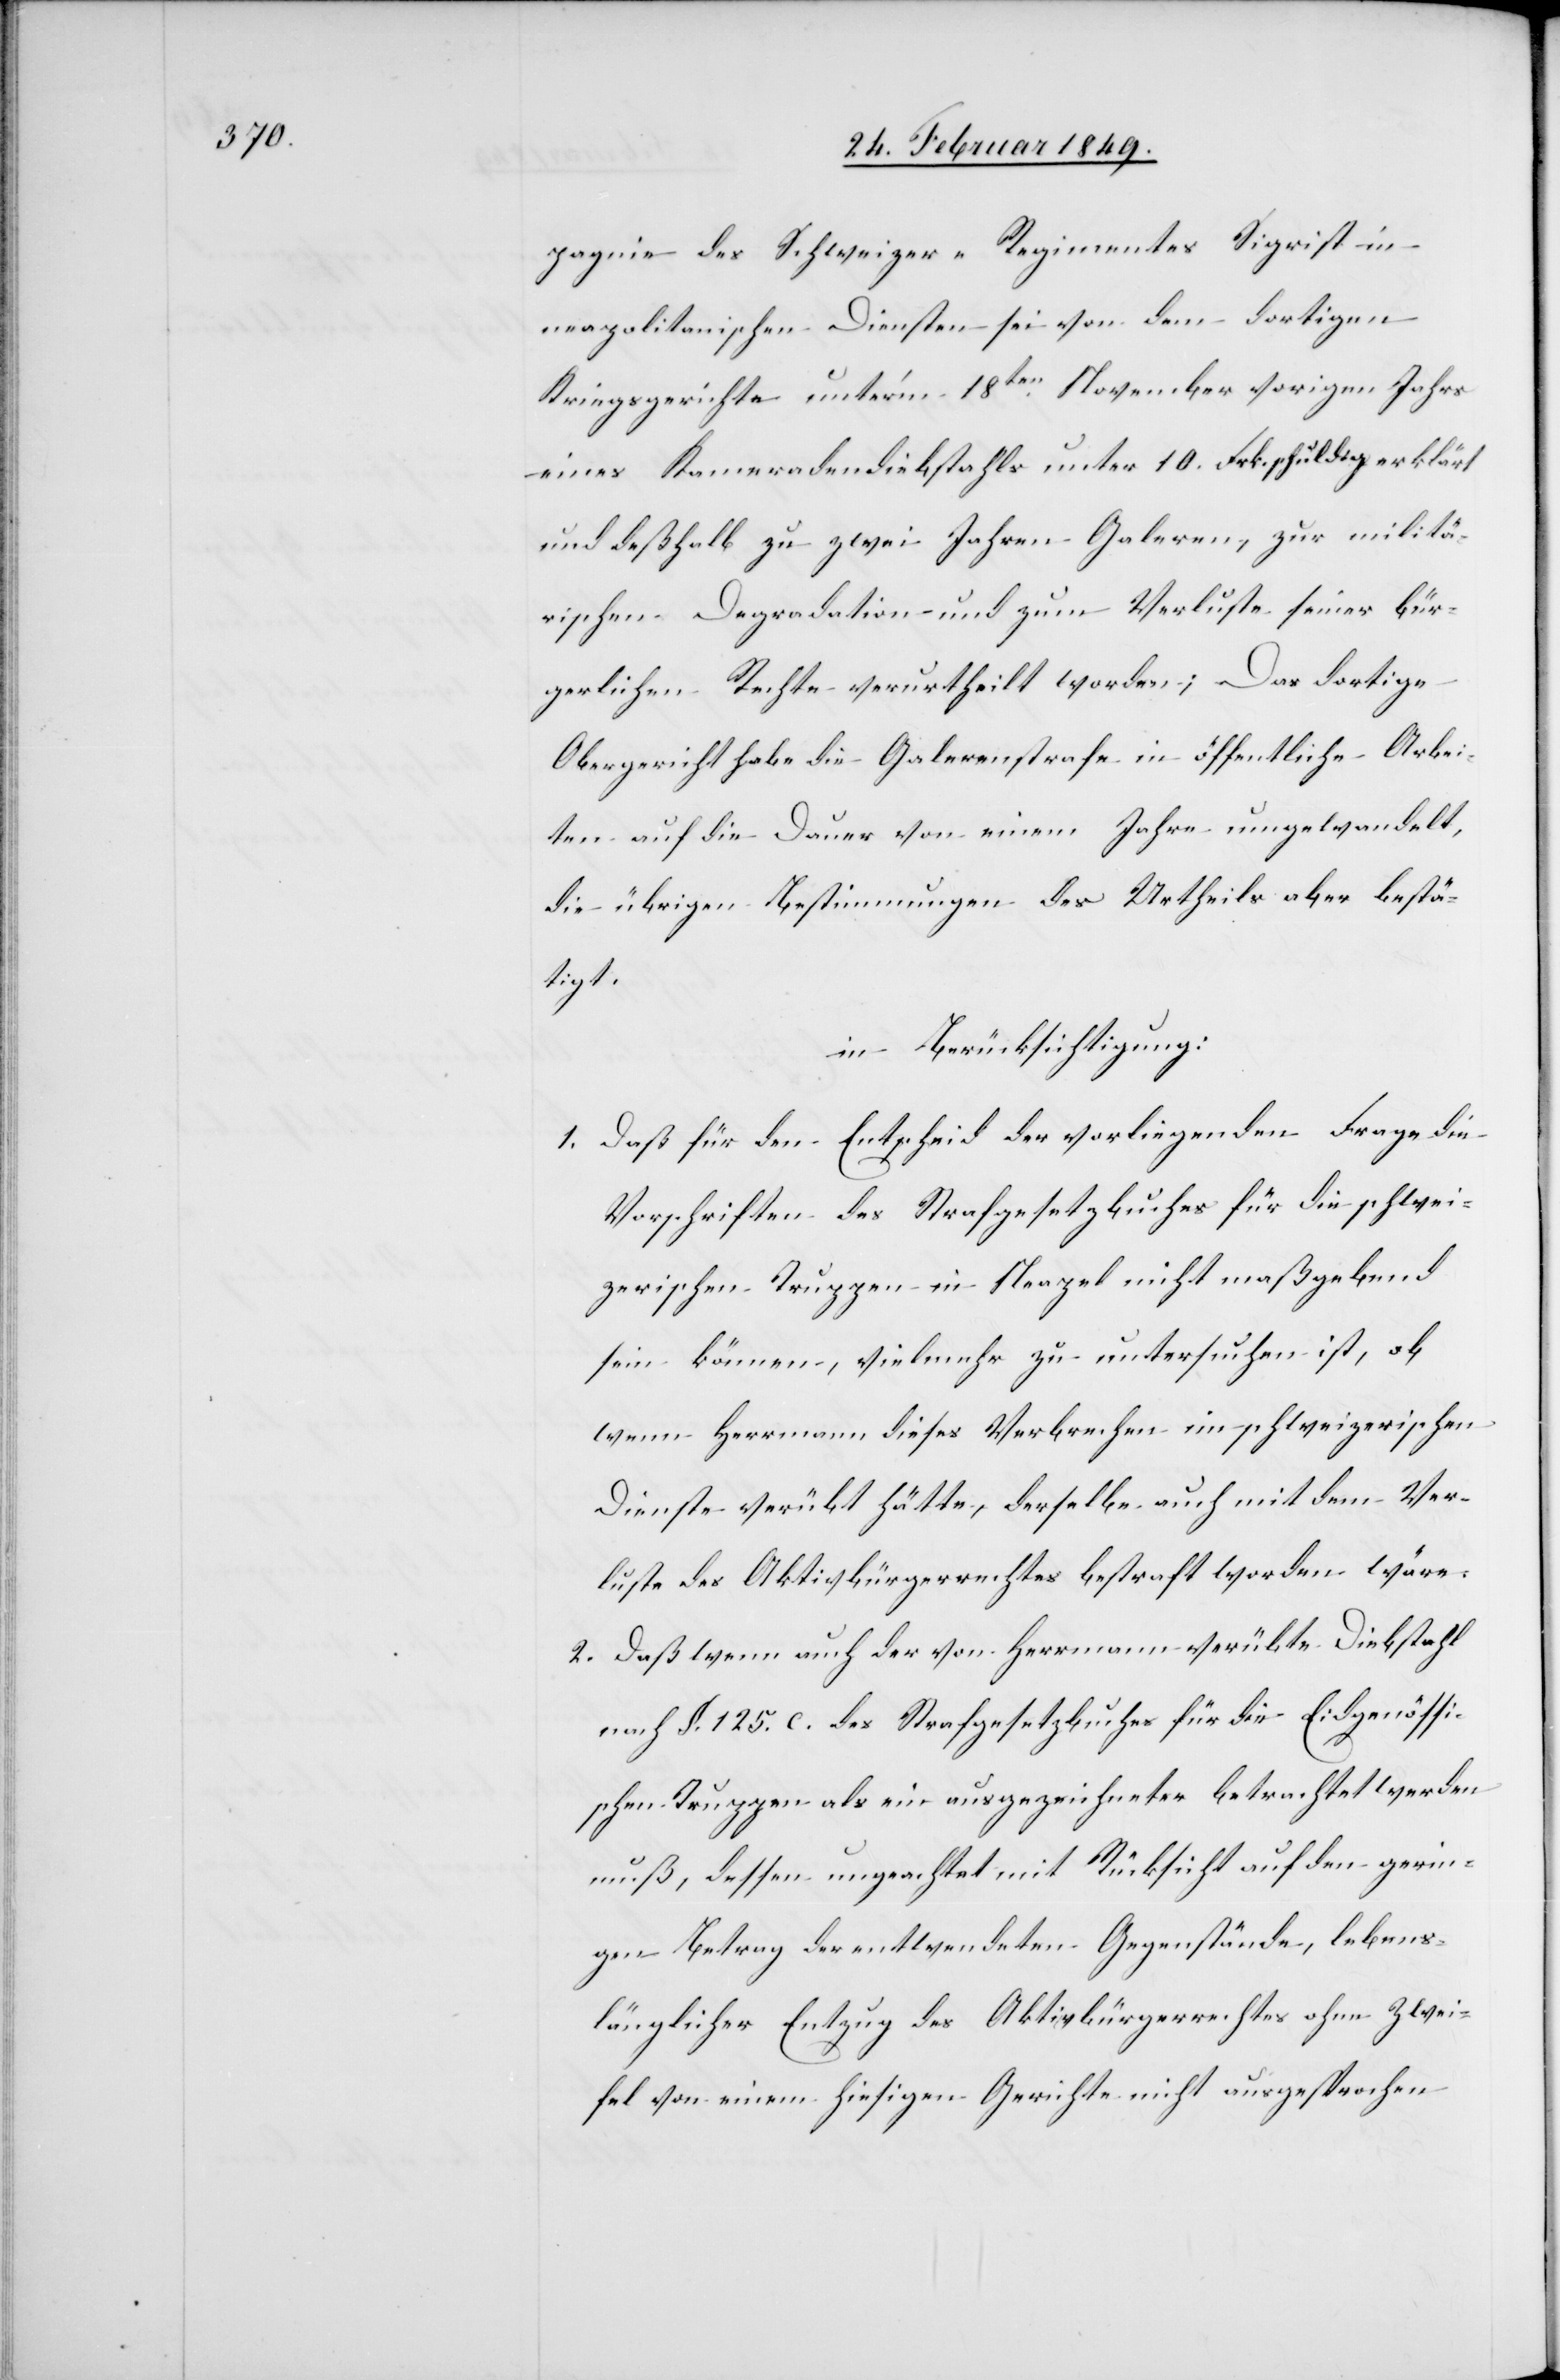
pagnie des Schweizer-Regimentes Sigrist in
neapolitanischen Diensten sei von dem dortigen
Kriegsgerichte unter’m 18ten. November vorigen Jahrs
eines Kameradendiebstahls unter 10. Frk. schuldig erklärt
und deßhalb zu zwei Jahren Galeren, zur militä¬
rischen Degradation und zum Verluste seiner bür¬
gerlichen Rechte verurtheilt worden; Das dortige
Obergerich habe die Galerenstrafe in öffentliche Arbei¬
ten auf die Dauer von einem Jahre umgewandelt,
die übrigen Bestimmungen des Urtheils aber bestä¬
tigt.
in Berücksichtigung:
1. Daß für den Entscheid der vorliegenden Frage die
Vorschriften des Strafgesetzbuches für die schwei¬
zerischen Truppen in Neapel nicht maßgebend
sein können, vielmehr zu untersuchen ist, ob,
wenn Herrmann dieses Verbrechen im schweizerischen
Dienste verübt hätte, derselbe auch mit dem Ver¬
luste des Aktivbürgerrechtes bestraft worden wäre.
2. Daß wenn auch der von Herrmann verübte Diebstahl
nach §. 125. c. des Strafgesetzbuches für die Eidgenössi¬
schen Truppen als ein ausgezeichneter betrachtet werden
muß, dessen ungeachtet mit Rücksicht auf den gerin¬
gen Betrag der entwendeten Gegenstände, lebens¬
länglicher Entzug des Aktivbürgerrechtes ohne Zwei¬
fel von einem hiesigen Gerichte nicht ausgesprochen